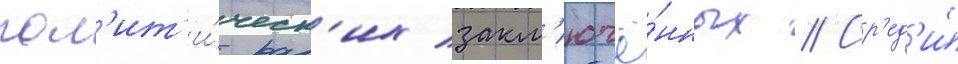
пол'ит'и́ческ'их закл'ючё́нных // Ср'ед'и́